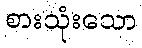
စားသုံးသော